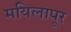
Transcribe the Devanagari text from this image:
मयिलापूर